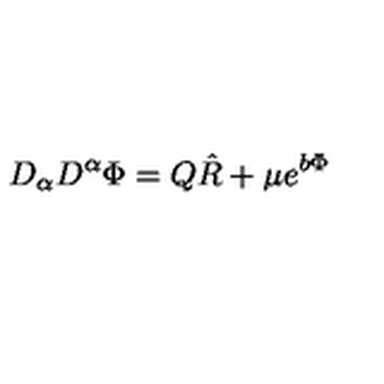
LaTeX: D _ { \alpha } D ^ { \alpha } \Phi = Q \hat { R } + \mu e ^ { b \Phi }